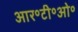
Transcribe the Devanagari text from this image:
आर॰टी॰ओ॰